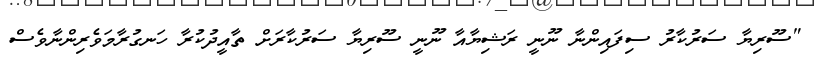
"ސޫރިޔާ ސަރުކާރު ސިފައިންނާ ނޫނީ ރަޝިޔާއާ ނޫނީ ސޫރިޔާ ސަރުކާރަށް ތާއީދުކުރާ ހަނގުރާމަވެރިންނާވެސް